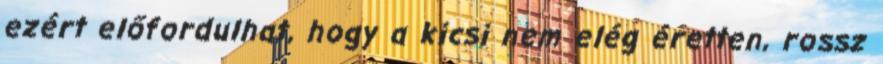
ezért előfordulhat, hogy a kicsi nem elég éretten, rossz